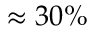
\approx 3 0 \%